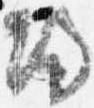
帰